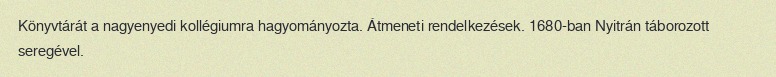
Könyvtárát a nagyenyedi kollégiumra hagyományozta. Átmeneti rendelkezések. 1680-ban Nyitrán táborozott seregével.